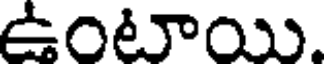
ఉంటాయి.